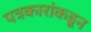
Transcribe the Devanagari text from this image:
पत्रकारांकडून